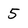
Character: 5